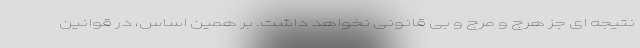
نتیجه ای جز هرج و مرج و بی قانونی نخواهد داشت. بر همین اساس، در قوانین